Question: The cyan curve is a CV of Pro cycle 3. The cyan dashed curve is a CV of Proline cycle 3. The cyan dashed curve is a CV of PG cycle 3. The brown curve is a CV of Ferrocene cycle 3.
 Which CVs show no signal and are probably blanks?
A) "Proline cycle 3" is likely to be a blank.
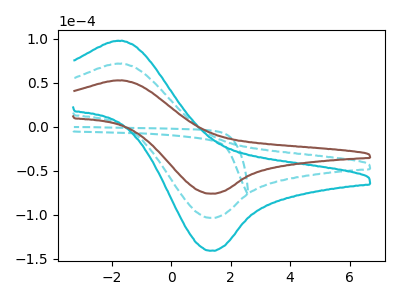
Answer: <think>The cyan curve "Pro cycle 3" has an anodic peak at (-1.75V, 143.75uA) and a cathodic peak at (1.30V, -207.10uA). The cyan dashed curve "Proline cycle 3" has no peaks. The cyan dashed curve "PG cycle 3" has an anodic peak at (-1.75V, 71.90uA) and a cathodic peak at (1.30V, -103.55uA). The brown curve "Ferrocene cycle 3" has an anodic peak at (-1.75V, 52.80uA) and a cathodic peak at (1.30V, -76.05uA).</think>
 <answer>A) "Proline cycle 3" is likely to be a blank.</answer>
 <eval>A</eval>